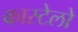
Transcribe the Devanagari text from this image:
कास्टेलो